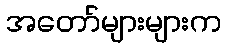
အတော်များများက